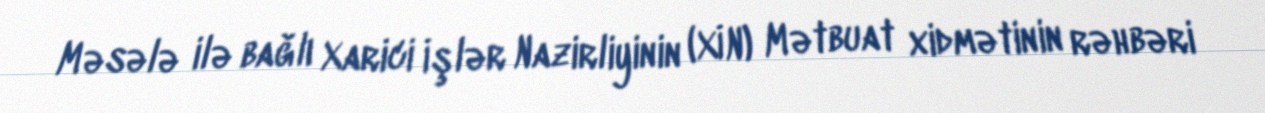
Məsələ ilə bağlı Xarici İşlər Nazirliyinin (XİN) Mətbuat xidmətinin rəhbəri